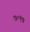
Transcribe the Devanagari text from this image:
७०१७